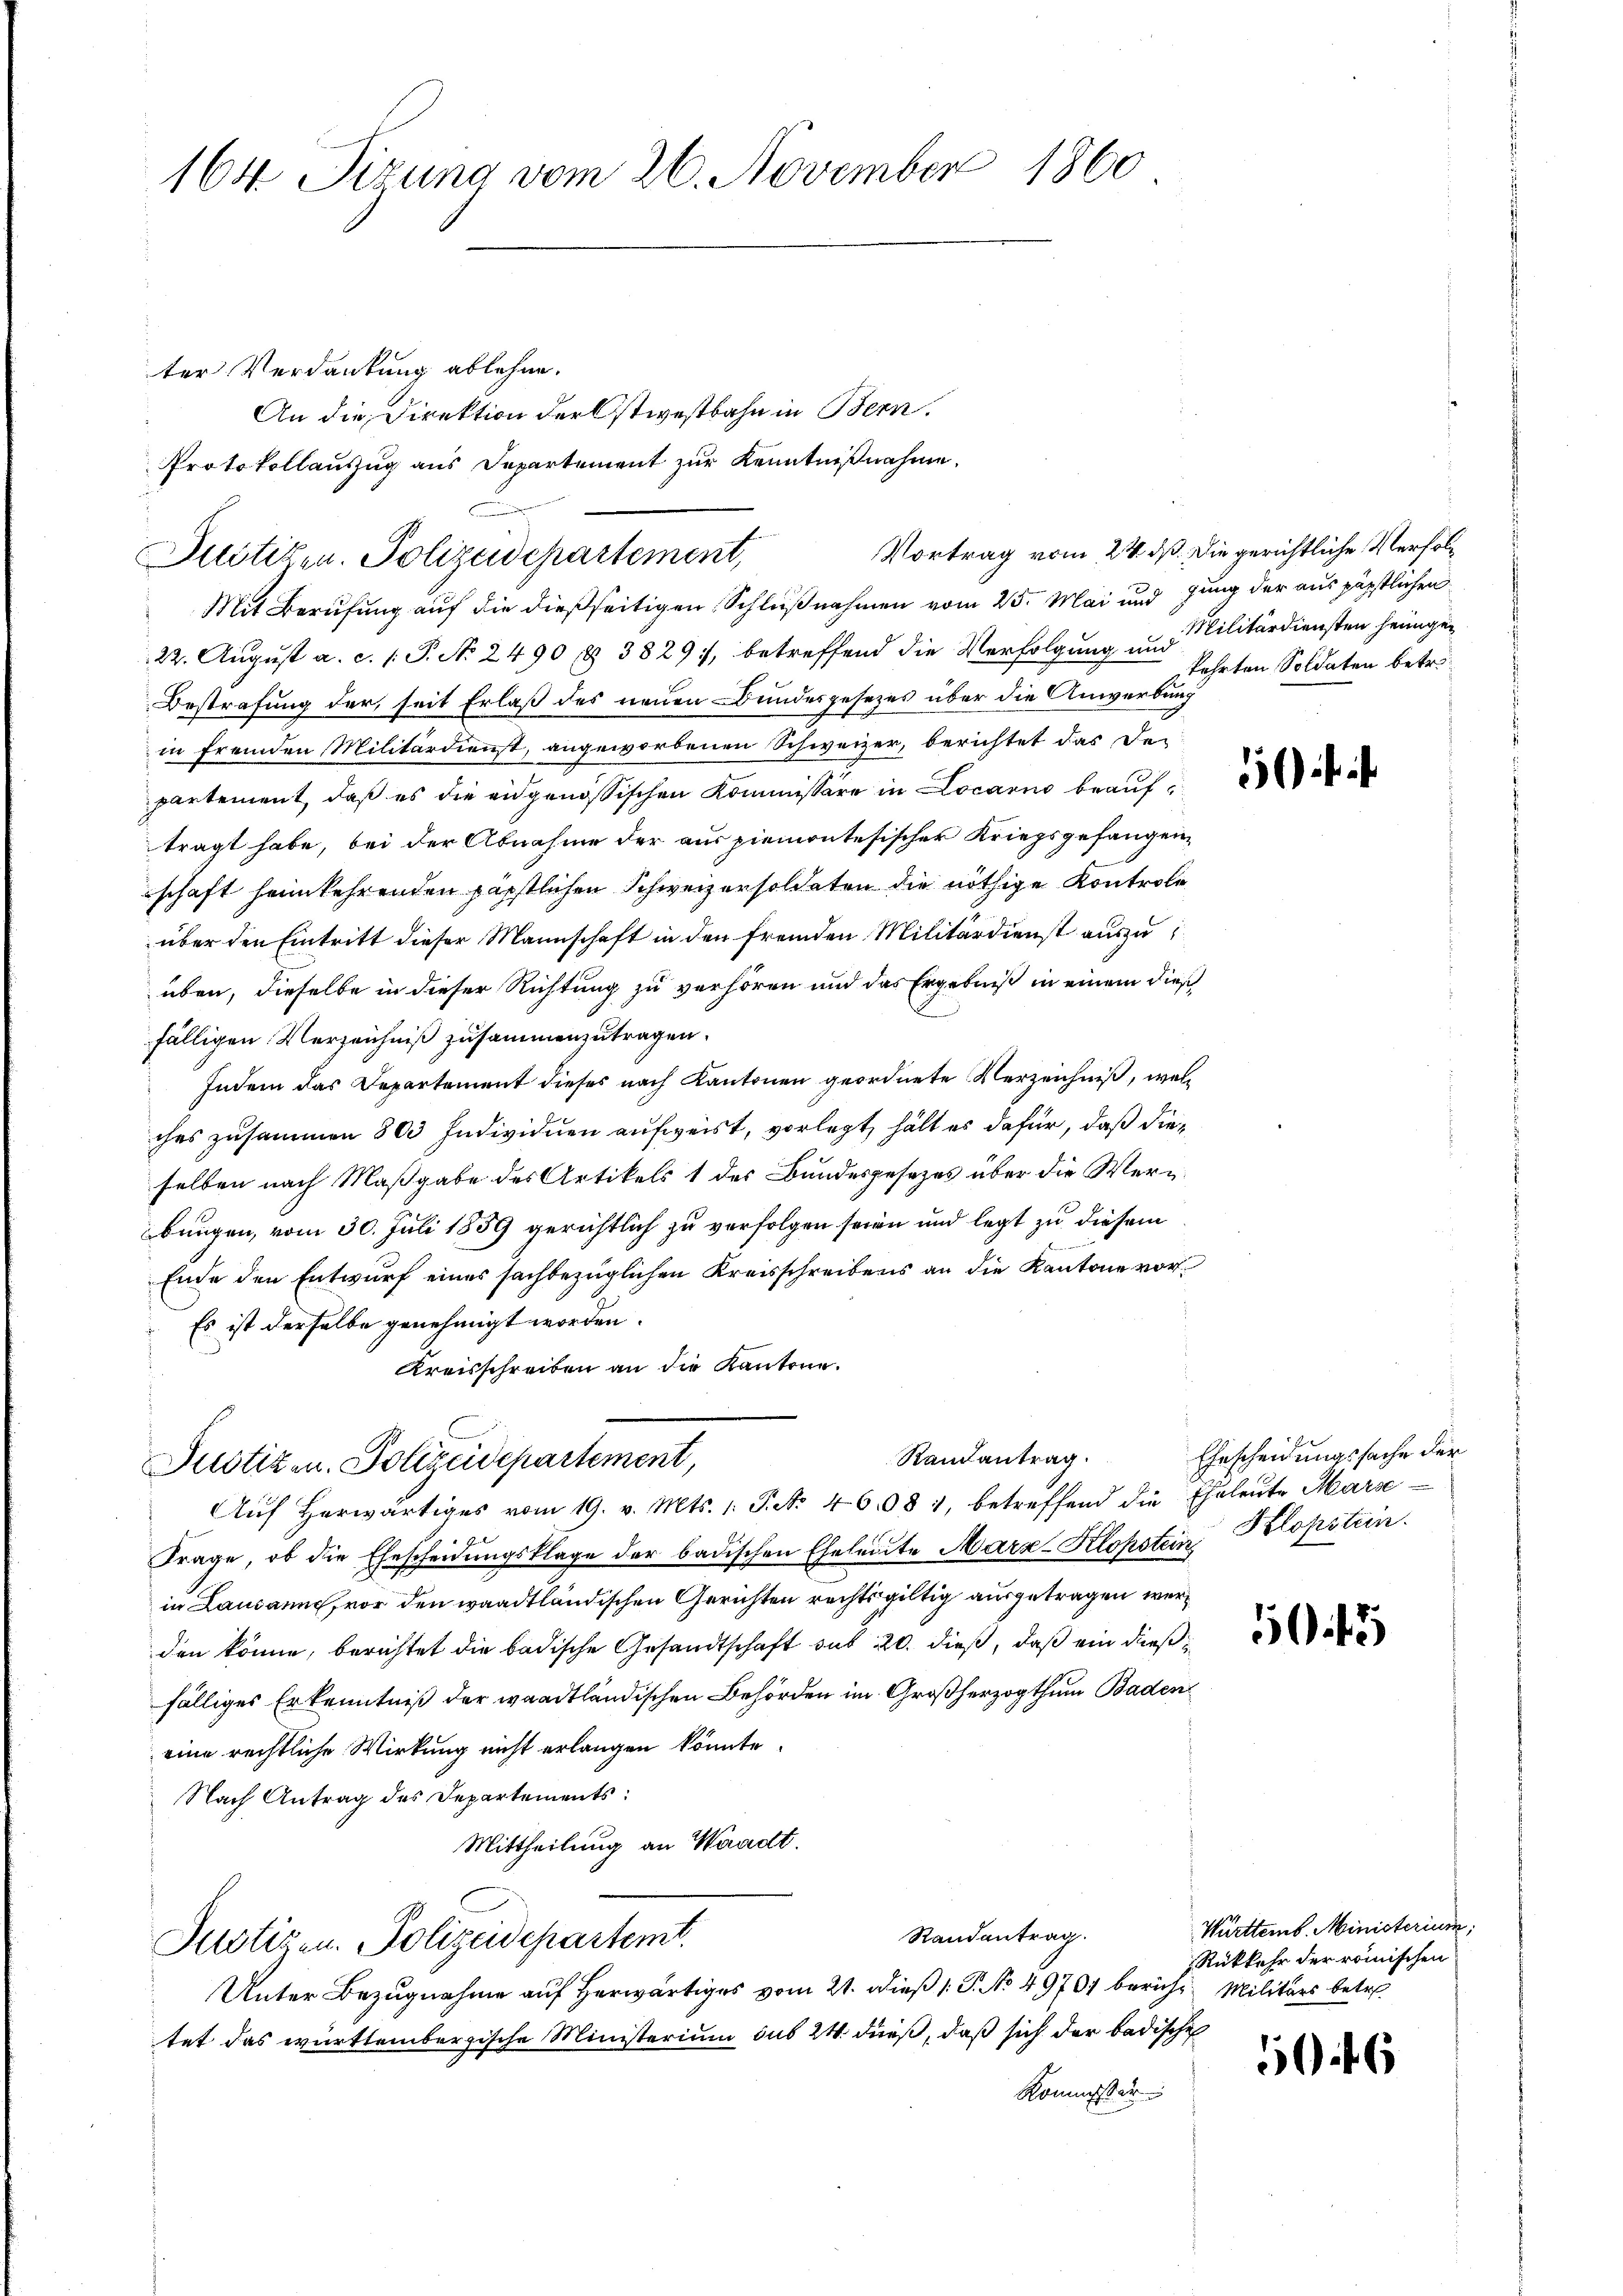
164. Sizung vom 26. November 1860

Vortrag vom 24. dß. Die gerichtliche Verfol¬
Mit Berufung auf die dießseitigen Schlußnahmen vom 25. Mai und jung der aus päpstlichen
22. August a. c. /: P. No. 2490 § 3829), betreffend die Verfolgung und
Bestrafung der, seit Erlaß des neuen Bundesgesezes über die Anwerbung
in fremden Militärdienst, angeworbenen Schweizer, berichtet das der
partement, daß es die eidgenössischen Kommissäre in Locarno beauftragt habe, bei der Abnahme der aus piemontesischer Kriegsgefangen,
schaft heimkehrenden päpstlichen Schweizersoldaten die nöthige Kontrole
über den Eintritt dieser Mannschaft in den fremden Militärdienst auszuüben, dieselbe in dieser Richtung zu verhören und das Ergebniß in einem dies
fälligen Verzeichniß zusammenzutragen.
Indem das Departement dieses nach Kantonen geordnete Verzeichniß, welc
ches zusammen 800 Individuen aufweist, vorlegt, hält es dafür, daß dieselben nach Maßgabe des Artikels 1 des Bundesgesezes über die Werbungen, vom 30. Juli 1859 gerichtlich zu verfolgen seien und legt zu diesem
Ende den Entwurf eines sachbezüglichen Kreisschreibens an die Kantone vor
Es ist derselbe genehmigt worden.
Kreisschreiben an die Kantone.
Randantrag
Justizen. Polizeidepartement,
Aŭf herwärtiges vom 19. v. Mts. 1. P. No. 46081, betreffend die Eheleŭte Marse
Frage, ob die Ehescheidungsklage der badischen Eheleute Marz-Klopstein, Klopstein.
in Lausanne, vor den waadtländischen Gerichten rechtsgültig ausgetragen werden könne, berichtet die badische Gesandtschaft sub 20. dieß, daß ein dießfälliges Erkenntniß der waadtländischen Behörden im Großherzogthum Baden
eine rechtliche Wirkung nicht erlangen könnte.
Nach Antrag des Departements:
Mittheilung an Waadt.
Randantrag.
Justigen. Polizeidepartemt.
Unter Bezugnahme auf herwärtiges vom 21. dieß (: P. No 49707 bericht Militärs betr.
tet das württembergische Ministerium sub 24. dieß, daß sich der badischen
Kommissar

ter Verdankung ablehne.
An die Direktion der Ostwestbahn in Bern.
Protokollauszug aus Departement zur Kenntnißnahme.
Justizen. Polizeidepartement,

Militärdiensten heimgekehrten Soldaten betr.

Ehescheidungssache der

505

Württemb. Ministerium
Rükkehr der römischen

50 f 6